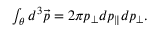
\begin{array} { r } { \int _ { \theta } d ^ { 3 } \vec { p } = 2 \pi p _ { \perp } d p _ { \parallel } d p _ { \perp } . } \end{array}